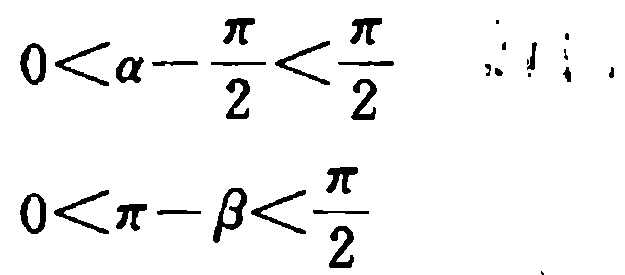
\[
0<\alpha - \frac{\pi}{2}<\frac{\pi}{2}
\]
\[
0<\pi - \beta<\frac{\pi}{2}
\]